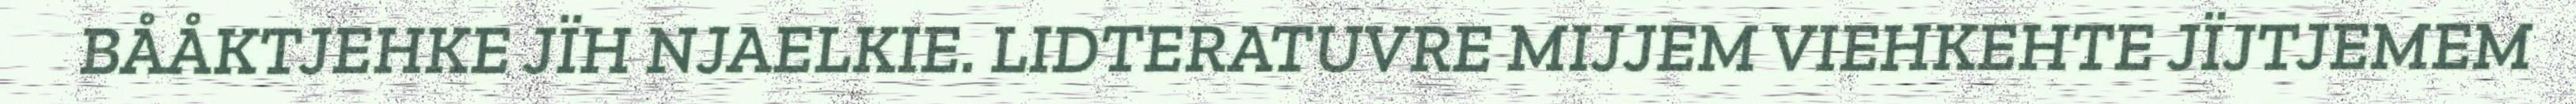
BÅÅKTJEHKE JÏH NJAELKIE. LIDTERATUVRE MIJJEM VIEHKEHTE JÏJTJEMEM